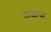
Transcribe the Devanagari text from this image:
टाळांचा